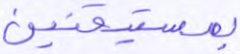
بمستيقنين